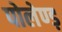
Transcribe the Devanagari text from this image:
पोलेण्ड़